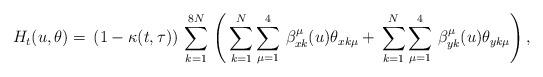
LaTeX: \begin{align*}H_t(u,\theta)=\,(1-\kappa(t,\tau))\,\sum^{8N}_{k=1}\,\left(\,\sum^{N}_{k=1}\sum^4_{\mu=1}\,\beta^\mu_{x k}(u)\theta_{x k \mu}+\,\sum^{N}_{k=1}\sum^4_{\mu=1}\,\beta^\mu_{y k}(u)\theta_{y k \mu}\right),\end{align*}